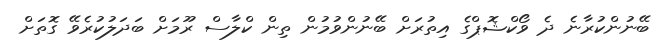
ބޭނުންކުރާނެ ދެ ވޯކްޝޮޕްގެ އިތުރަށް ބޭނުންވުމުން ތިން ކްލާސް ރޫމަށް ބަދަލުކުރެވޭ ގޮތަށް